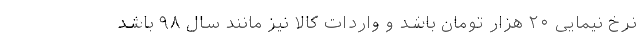
نرخ نیمایی ۲۰ هزار تومان باشد و واردات کالا نیز مانند سال ۹۸ باشد